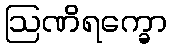
ဩဏိရက္ခော